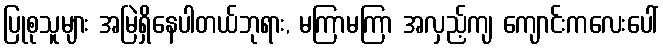
ပြုစုသူများ အမြဲရှိနေပါတယ်ဘုရား, မကြာမကြာ အလှည့်ကျ ကျောင်းကလေးပေါ်